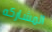
المشاركه